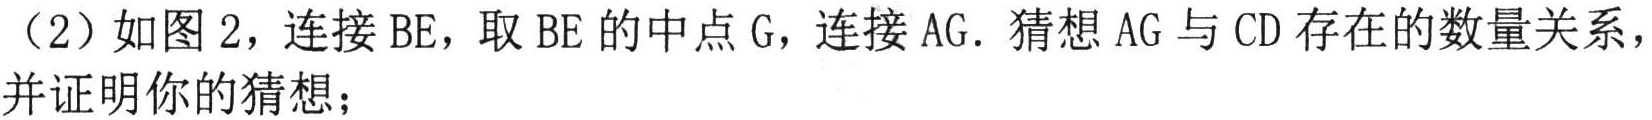
（2）如图 2，连接\(BE\)，取\(BE\)的中点\(G\)，连接\(AG\). 猜想\(AG\)与\(CD\)存在的数量关系，并证明你的猜想；